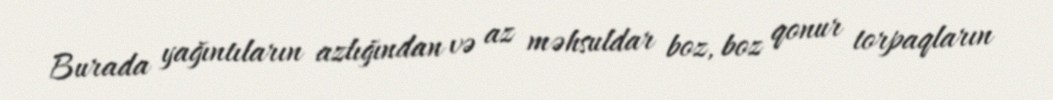
Burada yağıntıların azlığından və az məhsuldar boz, boz qonur torpaqların